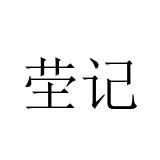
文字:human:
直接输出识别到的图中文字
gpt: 茔记